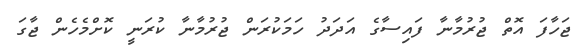
ޖަހާފަ އޮތް ޖުރުމާނާ ފައިސާގެ އަދަދު ހަމަކުރަން ޖުރުމާނާ ކުރަނީ ކޮށްމެހެން ޖާގަ